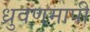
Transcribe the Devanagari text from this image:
ध्रुवणमापी